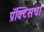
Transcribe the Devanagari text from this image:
प्रॅक्‍टिसचा